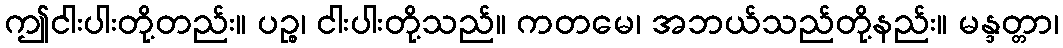
ဤငါးပါးတို့တည်း။ ပဉ္စ၊ ငါးပါးတို့သည်။ ကတမေ၊ အဘယ်သည်တို့နည်း။ မန္ဒတ္တာ၊